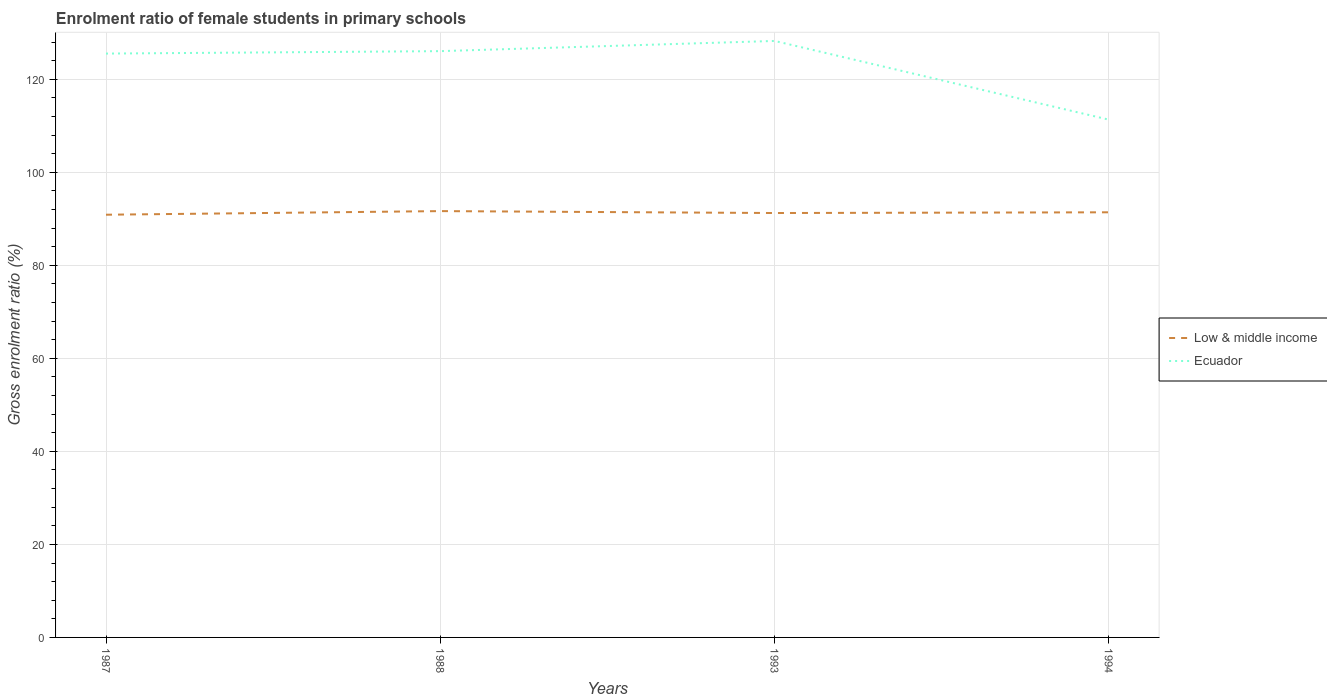
| Years | Low & middle income | Ecuador |
 | --- | --- | --- |
 | 1987 | 90.9 | 126 |
 | 1988 | 91.7 | 126 |
 | 1993 | 91.3 | 128 |
 | 1994 | 91.4 | 111 |